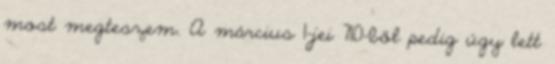
most megteszem. A március 1-jei 710-ből pedig úgy lett